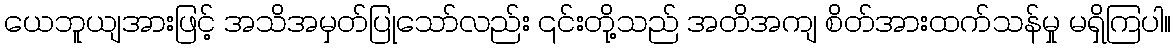
ယေဘူယျအားဖြင့် အသိအမှတ်ပြုသော်လည်း ၎င်းတို့သည် အတိအကျ စိတ်အားထက်သန်မှု မရှိကြပါ။